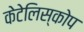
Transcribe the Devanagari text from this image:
केटेलिस्कोप